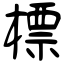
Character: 標